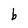
Character: b